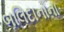
બલિદાનોના